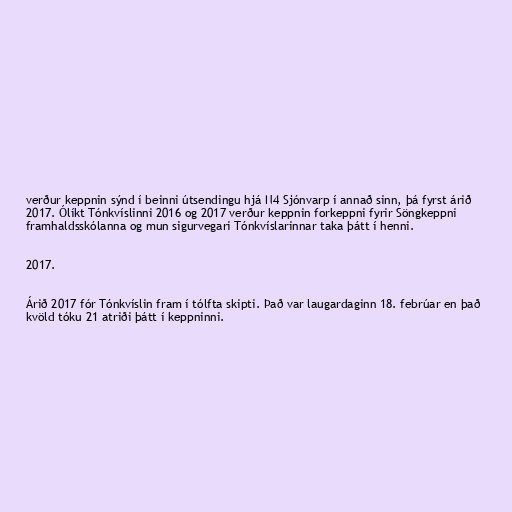
verður keppnin sýnd í beinni útsendingu hjá N4 Sjónvarp í annað sinn, þá fyrst árið
2017. Ólíkt Tónkvíslinni 2016 og 2017 verður keppnin forkeppni fyrir Söngkeppni
framhaldsskólanna og mun sigurvegari Tónkvíslarinnar taka þátt í henni.

2017.

Árið 2017 fór Tónkvíslin fram í tólfta skipti. Það var laugardaginn 18. febrúar en það
kvöld tóku 21 atriði þátt í keppninni.